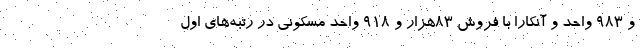
و ۹۸۳ واحد و آنکارا با فروش ۸۳هزار و ۹۱۸ واحد مسکونی در رتبه‌های اول